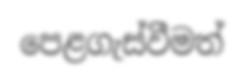
පෙළගැස්වීමත්